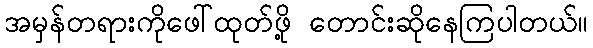
အမှန်တရားကိုဖေါ်ထုတ်ဖို့ တောင်းဆိုနေကြပါတယ်။